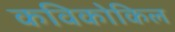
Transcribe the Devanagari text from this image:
कविकोकिल